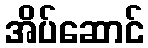
အိပ်ဆောင်